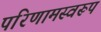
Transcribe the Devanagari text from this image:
परिणामस्वरूप